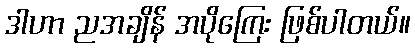
ဒါဟာ ညအချိန် အပိုကြေး ဖြစ်ပါတယ်။